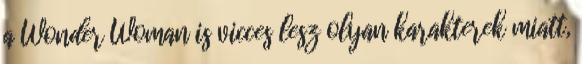
a Wonder Woman is vicces lesz olyan karakterek miatt,